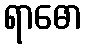
ရာဓော